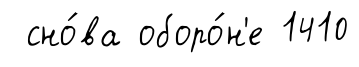
сно́ва оборо́н'е 1410